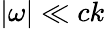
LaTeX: |\omega|\ll ck